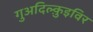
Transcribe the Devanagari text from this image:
गुअदिल्क़ुइविर